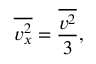
{ \overline { { v _ { x } ^ { 2 } } } } = { \frac { \overline { { v ^ { 2 } } } } { 3 } } ,